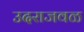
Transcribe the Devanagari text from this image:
उदराजवळ